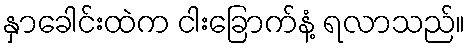
နှာခေါင်းထဲက ငါးခြောက်နံ့ ရလာသည်။